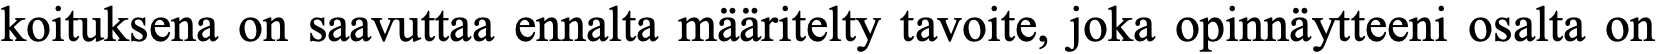
koituksena on saavuttaa ennalta määritelty tavoite, joka opinnäytteeni osalta on